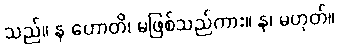
သည်။ န ဟောတိ၊ မဖြစ်သည်ကား။ န၊ မဟုတ်။